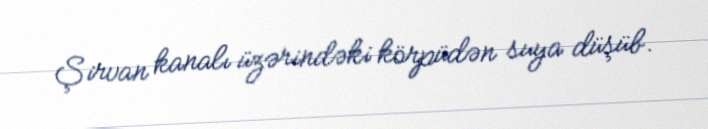
Şirvan kanalı üzərindəki körpüdən suya düşüb.